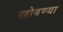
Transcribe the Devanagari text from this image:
खोबण्या